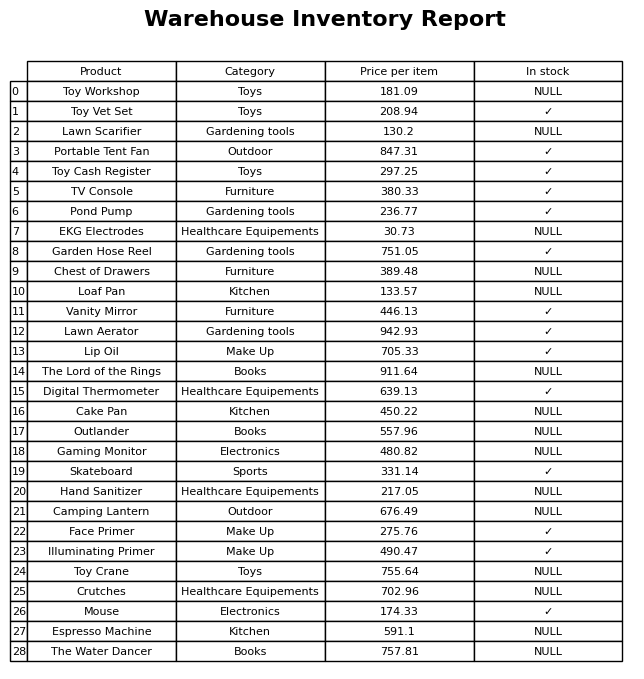
question: What is the price for Face Primer?
answer: The price of Face Primer is 275.76.